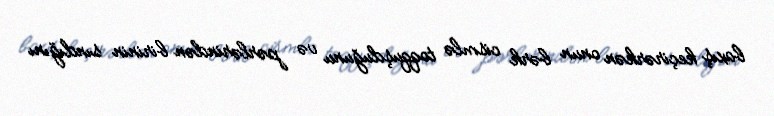
baxış keçirərkən onun bərk cismlə toqquşduğunu və pərlərindən birinin sındığını